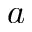
a